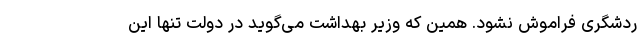
ردشگری فراموش نشود. همین که وزیر بهداشت می‌گوید در دولت تنها این